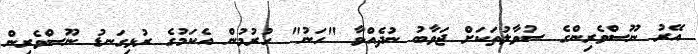
އޭރު ނޫސްވެރިންގެ ސުވާލުތަކަށް ޖަވާބު ނުދެއްވާ "ހަނު" ހުރުމުން އެކަމުގެ ރުޅިގަނޑު ނޫސްވެރިން